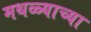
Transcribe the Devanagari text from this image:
मथळ्याच्या